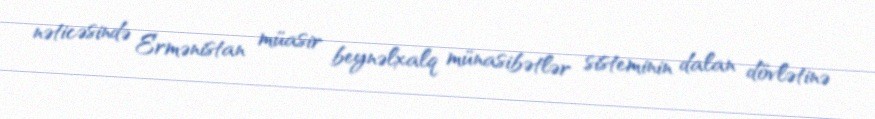
nəticəsində Ermənistan müasir beynəlxalq münasibətlər sisteminin dalan dövlətinə